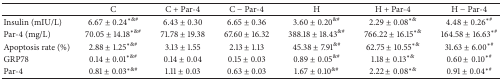
|  | C | C + Par-4 | C − Par-4 | H | H + Par-4 | H − Par-4 |
 | --- | --- | --- | --- | --- | --- | --- |
 | Insulin (mIU/L) | 6.67 ± 0.24∗&# | 6.43 ± 0.30 | 6.65 ± 0.36 | 3.60 ± 0.20&# | 2.29 ± 0.08∗& | 4.48 ± 0.26∗# |
 | Par-4 (mg/L) | 70.05 ± 14.18∗&# | 71.78 ± 19.38 | 67.60 ± 16.32 | 388.18 ± 18.43&# | 766.22 ± 16.15∗& | 164.58 ± 16.63∗# |
 | Apoptosis rate (%) | 2.88 ± 1.25∗&# | 3.13 ± 1.55 | 2.13 ± 1.13 | 45.38 ± 7.91&# | 62.75 ± 10.55∗& | 31.63 ± 6.00∗# |
 | GRP78 | 0.14 ± 0.01∗&# | 0.14 ± 0.04 | 0.15 ± 0.03 | 0.89 ± 0.05&# | 1.18 ± 0.13∗& | 0.60 ± 0.10∗# |
 | Par-4 | 0.81 ± 0.03∗&# | 1.11 ± 0.03 | 0.63 ± 0.03 | 1.67 ± 0.10&# | 2.22 ± 0.08∗& | 0.91 ± 0.04∗# |